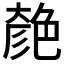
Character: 𦫞